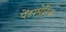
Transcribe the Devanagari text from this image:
पेंटामेरिक